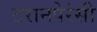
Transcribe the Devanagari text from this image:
टरानपेरंसी